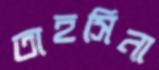
তাহসিনা